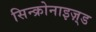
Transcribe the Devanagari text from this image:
सिन्क्रोनाइज़्ड